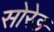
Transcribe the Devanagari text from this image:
सोरेङ